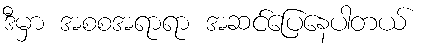
ဒီမှာ အစစအရာရာ အဆင်ပြေနေပါတယ်